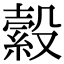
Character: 縠